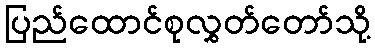
ပြည်ထောင်စုလွှတ်တော်သို့